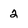
Character: 2